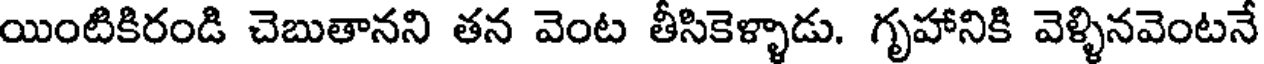
యింటికిరండి చెబుతానని తన వెంట తీసికెళ్ళాడు. గృహానికి వెళ్ళినవెంటనే